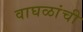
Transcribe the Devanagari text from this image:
वाघळांची